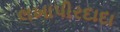
લખાપીરદાદા